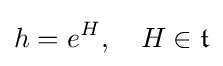
h=e^{H},\quad H\in {\mathfrak {t}}